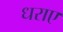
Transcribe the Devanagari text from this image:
धराए